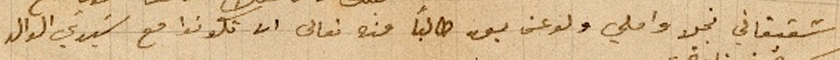
شقيقاتي نجلا واملي ولو عن بعد طالباً منه تعالى ان تكونوا مع سَيدي الوالد